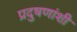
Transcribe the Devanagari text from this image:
प्रदुषणांशी